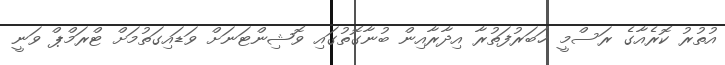
އުތުރު ކޮރެއާގެ ރަސްމީ ޚަބަރުފަތުރާ އިދާރާއިން ބުނާގޮތުގައި ވޮޝިންޓަނަށް ވަޑައިގަތުމަށް ޓްރަމްޕް ވަނީ